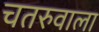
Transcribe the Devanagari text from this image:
चतरुवाला